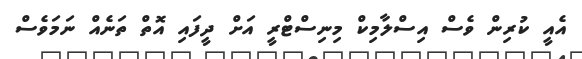
އެއީ ކުރިން ވެސް އިސްލާމިކް މިނިސްޓްރީ އަށް ދީފައި އޮތް ތަނެއް ނަމަވެސް